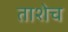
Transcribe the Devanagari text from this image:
ताशेच